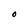
Character: 0